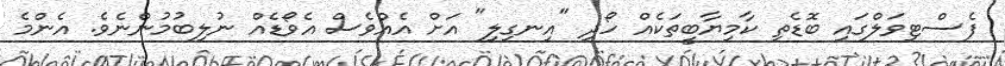
ފެސްޓިވަލްގައި ބޮޑެތި ކާމިޔާބީތަކެއް ހޯދި "އިނގިލި" އަށް އެއްވެސް އެވޯޑެއް ނުލިބުމުންނެވެ. އެންމެ